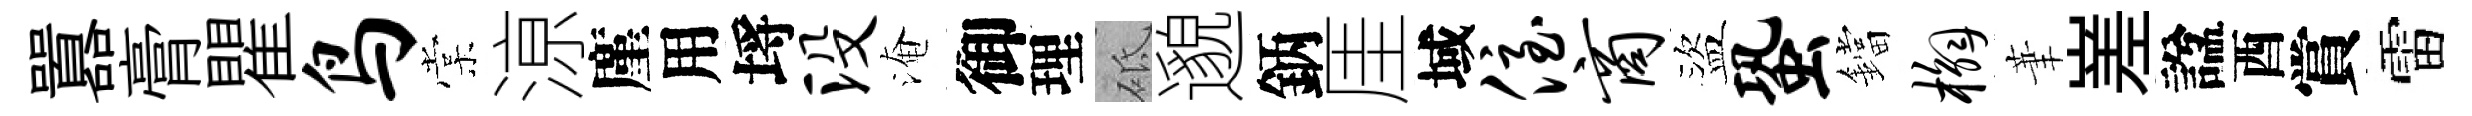
囂膏瞿鸟棠鿌廑用埓没淹御理砥邈鈵厓域侄商盜蛩鐺槲茟嵳諡酉賞雷